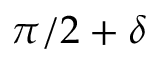
\pi / 2 + \delta